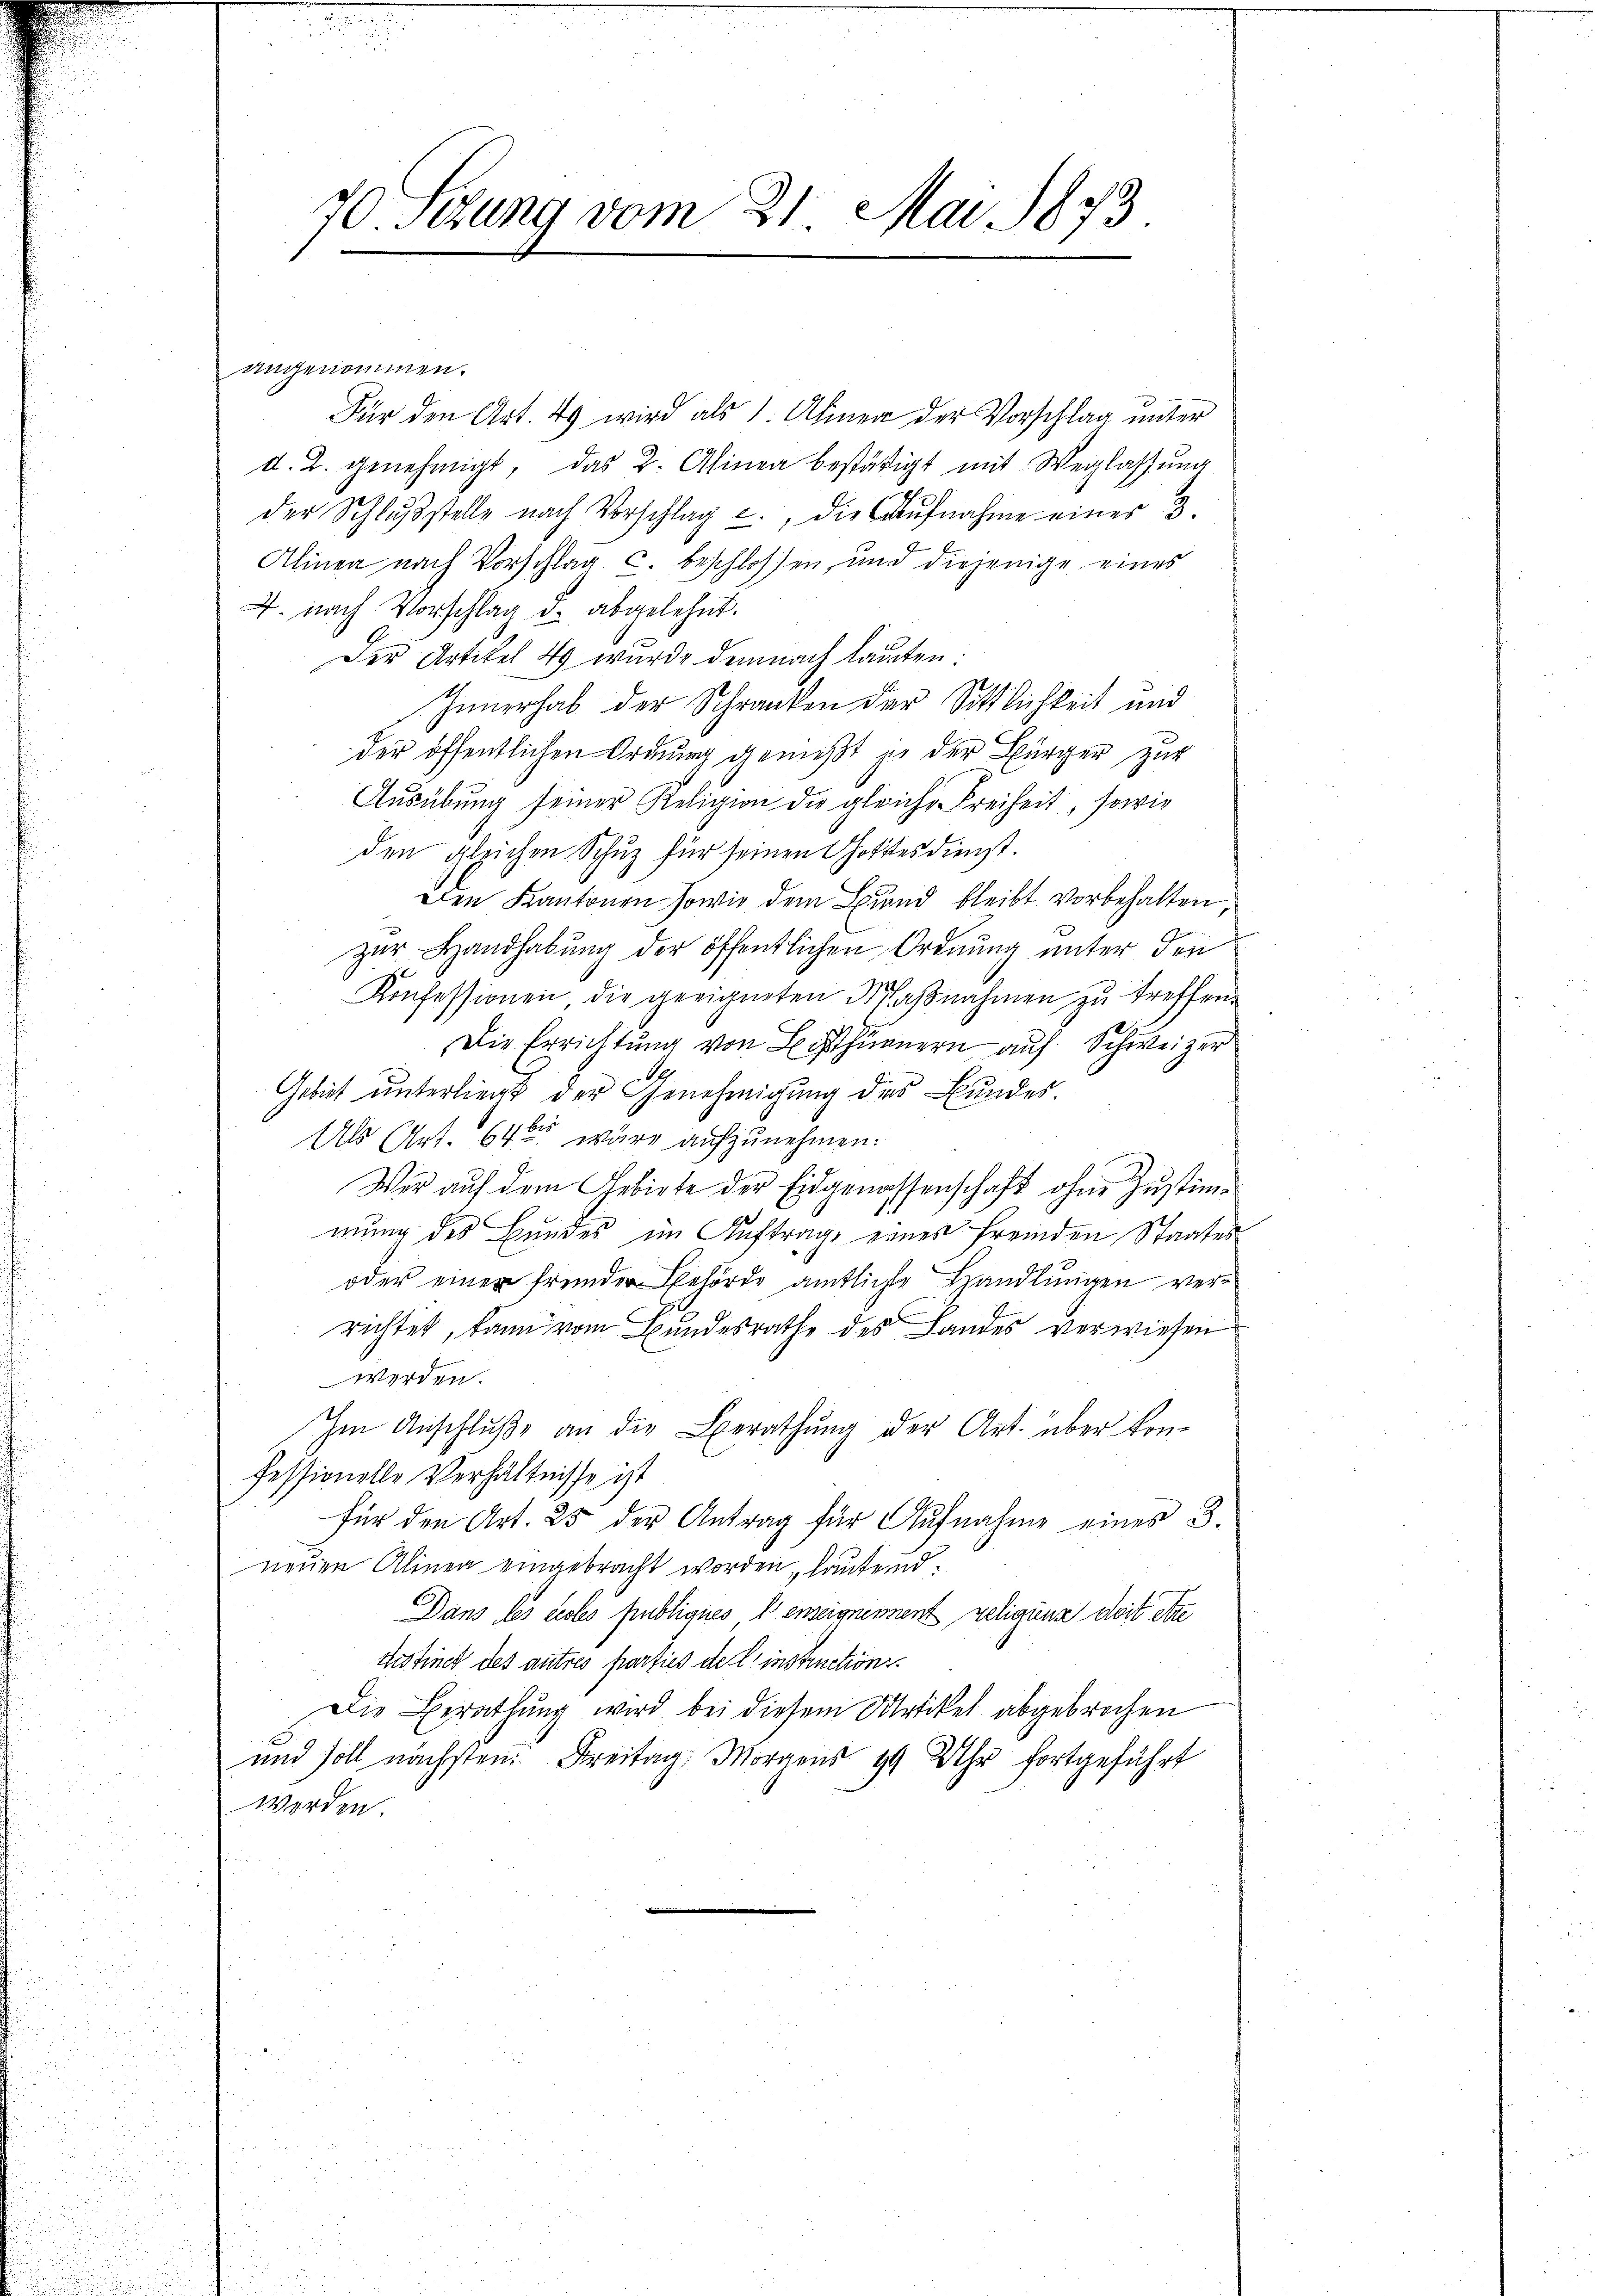
angenommen.

70. Sekung vom 21. Mai 1873.

Für den Art. 49 wird als 1. Alinen der Vorschlag unter
d. 2. genehmigt, das 2. Alinea bestätigt mit Weglassŭng
der Schlŭβstelle nach Vorschlag c., die Caŭfnahme einer 3.
s
Alinea nach Vorschlag u. beschlossen, und diejenige eines
J. nach Vorschlag d. abgelehnt.
Der Artikel 49 wurde demnach lauten.
Innerhab der Schranken der Sittlichkeit und
der öffentlichen Ordnung gemeßt je der Bürger zur
Ausübung seiner Religion die gleiche Freiheit, sowie
den gleichen Schuz für seinen Gottesdienst.
Den Kantonen sowie dem Bund bleibt vorbehalten
zur Handhabung der öffentlichen Ordnung unter den
Konfessionen die geeigneten Maβnahmen zu treffen.
Die Errichtung von Bisthurnern auf Schweizer
E
Gebiet unterliegt der Genehmigung des Bundes
Als Art. 64 der wäre aufzunehmen.
Wer auf dem Gebiete der Eidgenossenschaft ohne Zustimmung des Bundes im Auftrag, eines fremden Staates
oder einer fremder Behörde amtliche Handlungen verrichtet, kann vom Bundesrathe des Landes verwiesen
werden.
Im Anschlŭβ an die Berathŭng der Art. über kon-
fessionelle Verhältnisse ist
für den Art. 25 der Antrag für Aufnahme eines B.
neuen Alinen eingebracht worden, laufend
Dans les eccles publiques denseignennent religiens doit ette
tistinet des autres parties de l. instruction
Die Berathung wird bei diesem Artikel abgebrochen
und soll nächsten Freitag Morgens 99 Uhr fortgeführt
worden.